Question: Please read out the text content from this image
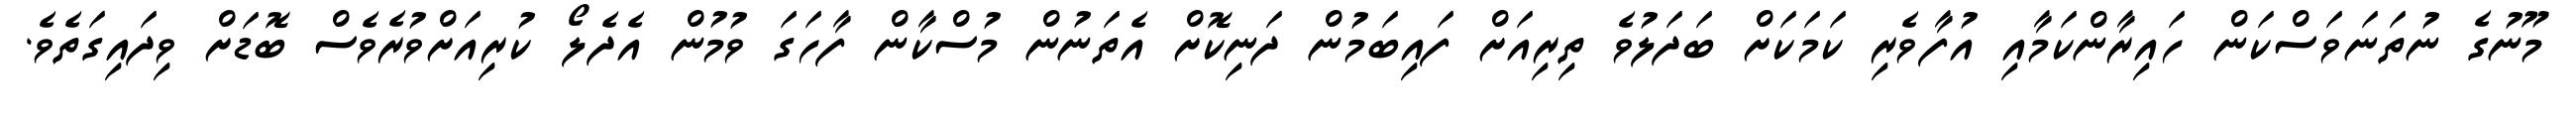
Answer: މޫނުގެ ނުތަނަވަސްކަން ހައިރާންކަމާއި އުފާވެރި ކަމަކަށް ބަދަލުވެ ތިރިއަށް ފައިބަމުން ދަނިކޮށް އެތަނުން މުސްކާން ފާހަގަ ވުމުން އެދެލޯ ކުރިއަށްވުރެވެސް ބޮޑަށް ވިދައިގަތެވެ.